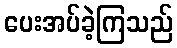
ပေးအပ်ခဲ့ကြသည်